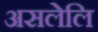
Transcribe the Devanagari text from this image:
असलेलि